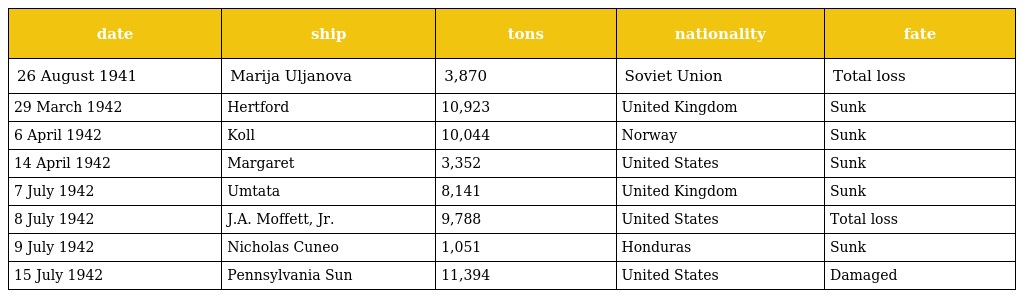
| date | ship | tons | nationality | fate |
 | --- | --- | --- | --- | --- |
 | 26 August 1941 | Marija Uljanova | 3,870 | Soviet Union | Total loss |
 | 29 March 1942 | Hertford | 10,923 | United Kingdom | Sunk |
 | 6 April 1942 | Koll | 10,044 | Norway | Sunk |
 | 14 April 1942 | Margaret | 3,352 | United States | Sunk |
 | 7 July 1942 | Umtata | 8,141 | United Kingdom | Sunk |
 | 8 July 1942 | J.A. Moffett, Jr. | 9,788 | United States | Total loss |
 | 9 July 1942 | Nicholas Cuneo | 1,051 | Honduras | Sunk |
 | 15 July 1942 | Pennsylvania Sun | 11,394 | United States | Damaged |